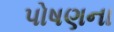
પોષણના